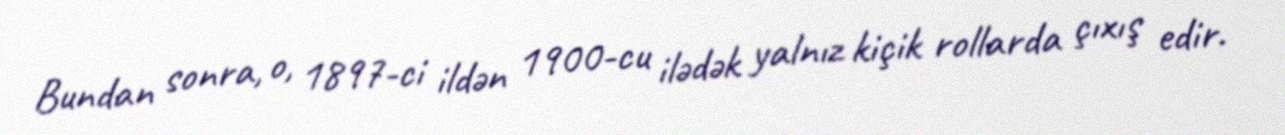
Bundan sonra, o, 1897-ci ildən 1900-cu ilədək yalnız kiçik rollarda çıxış edir.